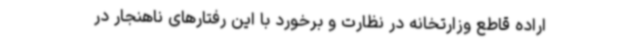
اراده قاطع وزارتخانه در نظارت و برخورد با این رفتارهای ناهنجار در